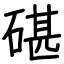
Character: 碪